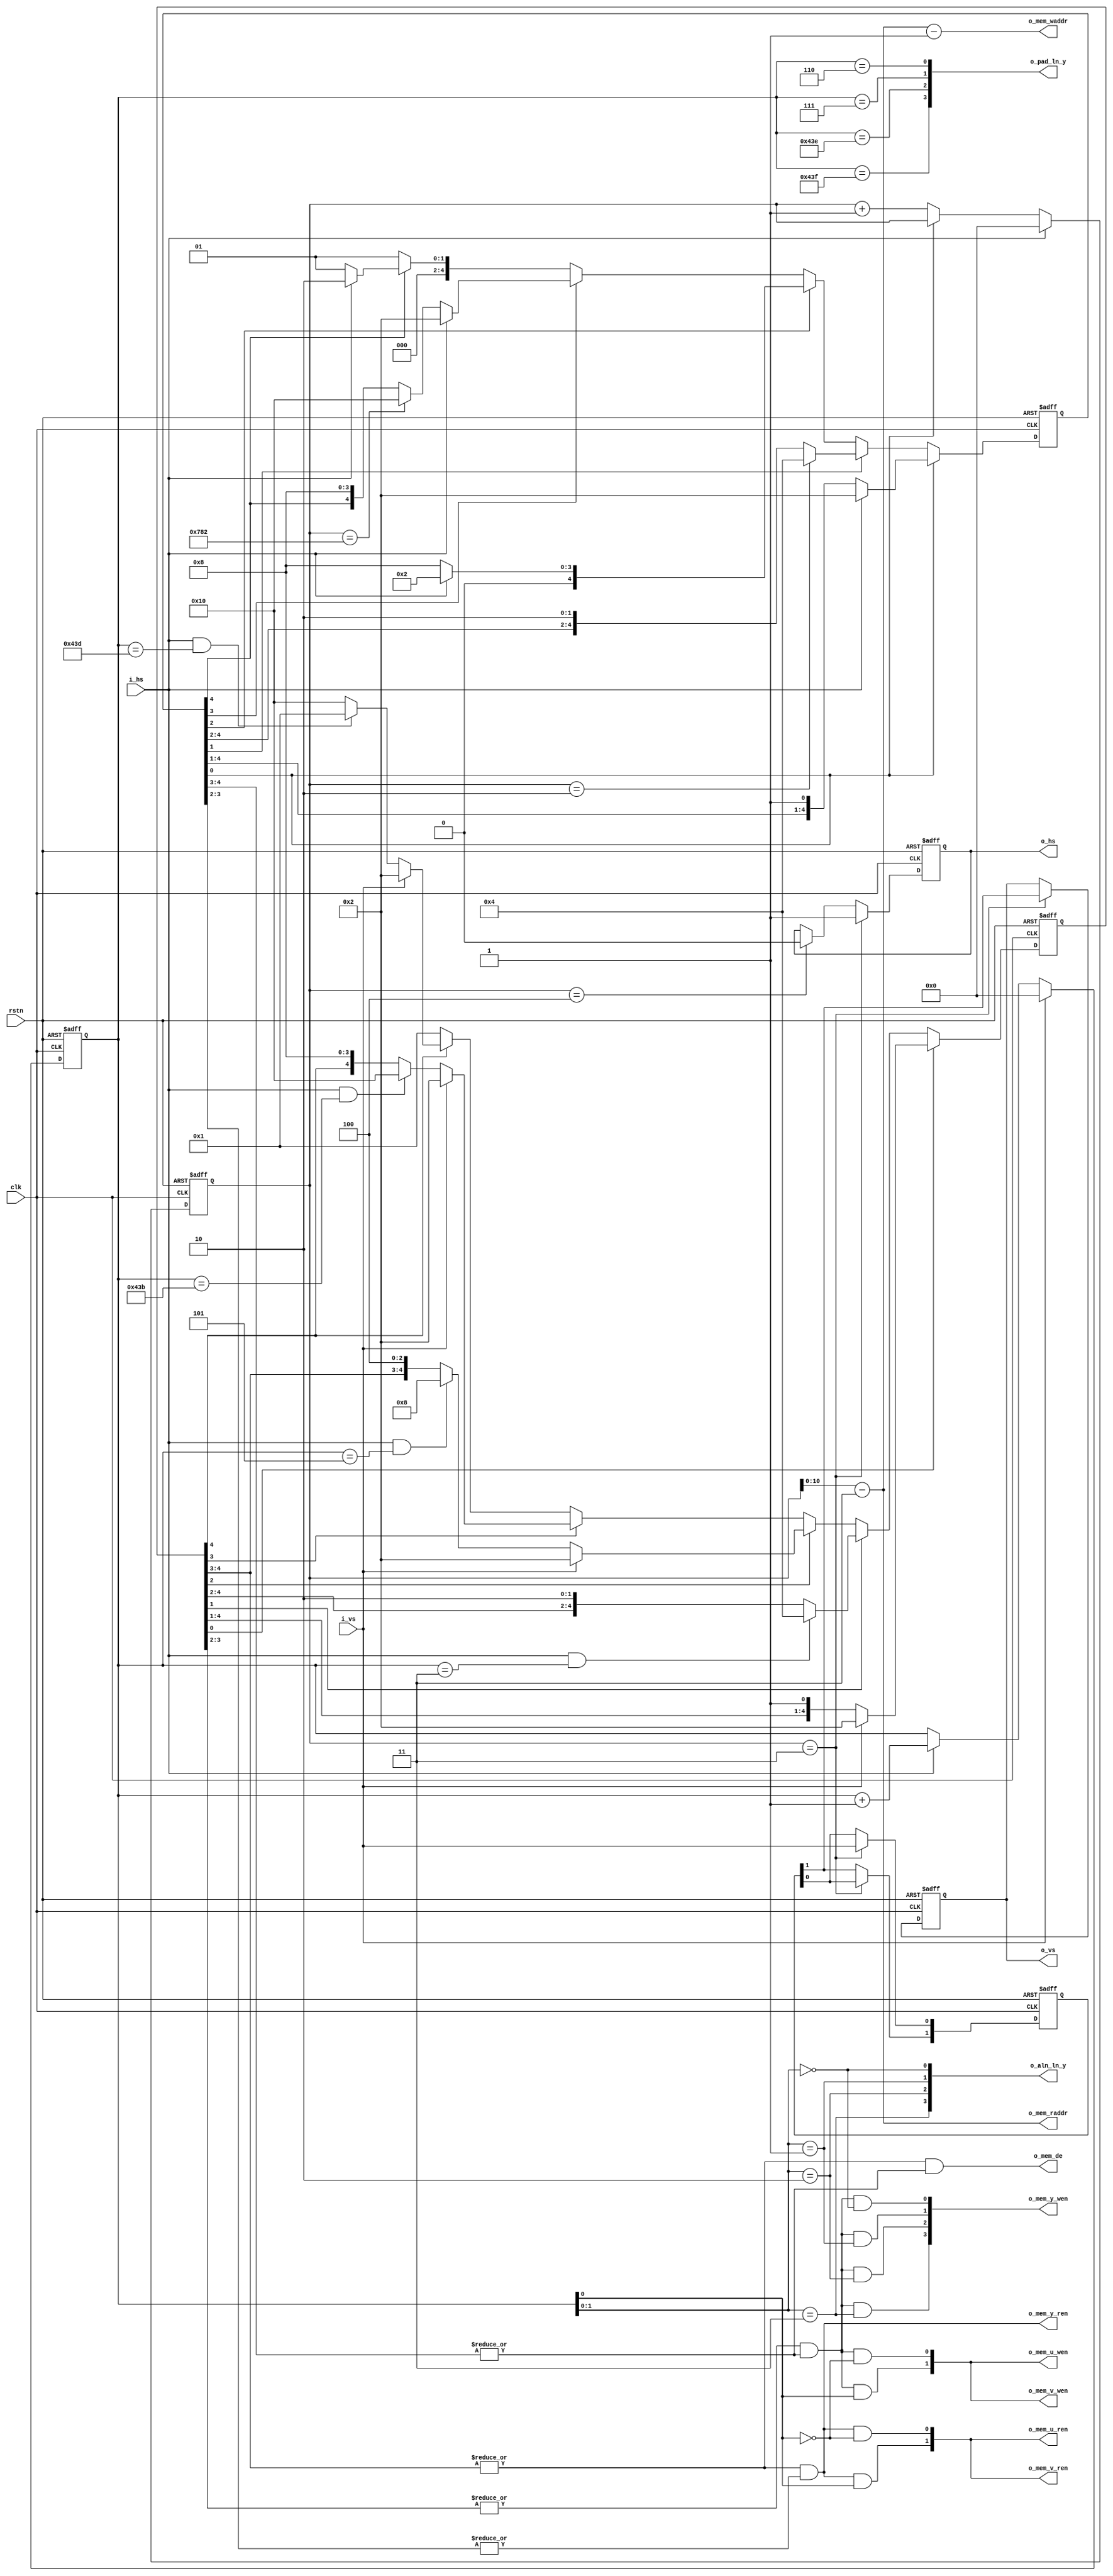
module filter_fsm
#(
  parameter MEM_Y_WIDTH    = 4 ,
  parameter MEM_U_WIDTH    = 2 ,
  parameter MEM_V_WIDTH    = 2 ,
  parameter MEM_ADDR_WIDTH = 11
)
(
  input                           clk          ,
  input                           rstn         ,
  input                           i_vs         ,
  input                           i_hs         ,
  output reg                      o_mem_de     ,
  output     [MEM_ADDR_WIDTH-1:0] o_mem_waddr  ,
  output     [MEM_ADDR_WIDTH-1:0] o_mem_raddr  ,
  output     [MEM_Y_WIDTH-1:0]    o_mem_y_wen  ,
  output                          o_mem_y_ren  ,
  output     [MEM_U_WIDTH-1:0]    o_mem_u_wen  ,
  output     [MEM_U_WIDTH-1:0]    o_mem_u_ren  ,
  output     [MEM_V_WIDTH-1:0]    o_mem_v_wen  ,
  output     [MEM_V_WIDTH-1:0]    o_mem_v_ren  ,
  output     [3:0]                o_aln_ln_y   ,
  output     [3:0]                o_pad_ln_y   ,
  output reg                      o_vs         ,
  output reg                      o_hs         
);

  //=============================================================
  // Part 1. Define Parameters
  //=============================================================
  localparam
    ST_V_SIZE   = 5,
    V_INIT      = 0,
    V_WAIT      = 1,
    V_FILL      = 2,
    V_OPER      = 3,
    V_FLUSH     = 4,
    VAL_V_INIT  = 5'b00001,
    VAL_V_WAIT  = 5'b00010,
    VAL_V_FILL  = 5'b00100,
    VAL_V_OPER  = 5'b01000,
    VAL_V_FLUSH = 5'b10000;
  localparam
    ST_H_SIZE   = 5,
    H_INIT      = 0,
    H_WAIT      = 1,
    H_START     = 2,
    H_OPER      = 3,
    H_END       = 4,
    VAL_H_INIT  = 5'b00001,
    VAL_H_WAIT  = 5'b00010,
    VAL_H_START = 5'b00100,
    VAL_H_OPER  = 5'b01000,
    VAL_H_END   = 5'b10000;

  localparam
    CNT_V_SIZE = 12,
    VBP        = 3,
    VSY        = 3,
    VAC        = 1080,
    VFP        = 3,
    CNT_H_SIZE = 12,
    HBP        = 3,
    HSY        = 1,
    HFP        = 3,
    HAC        = 1920;

  localparam
    LINE_DLY  = 2,
    PIXEL_DLY = 3;

  //=============================================================
  // Part 2. Define counter
  //=============================================================
  reg [CNT_V_SIZE-1:0] r_cnt_v;
  reg [ST_V_SIZE-1:0] r_st_v;
  always @(posedge clk, negedge rstn) begin
    if(!rstn)
      r_cnt_v <= 0;
    else if(i_vs)
      r_cnt_v <= 0;
    else if(i_hs)
      r_cnt_v <= r_cnt_v+1;
  end

  reg [CNT_H_SIZE-1:0] r_cnt_h;
  reg [ST_H_SIZE-1:0] r_st_h;
  always @(posedge clk, negedge rstn) begin
    if(!rstn)
      r_cnt_h <= 0;
    else if(i_hs)
      r_cnt_h <= 0;
    else if(!r_st_h[H_INIT])
      r_cnt_h <= r_cnt_h+1;
  end
  //=============================================================
  // Part 3. Define FSM
  //=============================================================
  always @(posedge clk, negedge rstn) begin
    if(!rstn)
      r_st_v <= VAL_V_INIT;
    else
      case(1'b1)
        r_st_v[V_INIT]  : if(i_vs)                               r_st_v <= VAL_V_WAIT;
        r_st_v[V_WAIT]  : if     (i_hs & (r_cnt_v == VBP))       r_st_v <= VAL_V_FILL;
        r_st_v[V_FILL]  : if(i_vs)                               r_st_v <= VAL_V_WAIT;
                          else if(i_hs & (r_cnt_v == VBP+2))     r_st_v <= VAL_V_OPER;
        r_st_v[V_OPER]  : if(i_vs)                               r_st_v <= VAL_V_WAIT;
                          else if(i_hs & (r_cnt_v == VAC+VBP))   r_st_v <= VAL_V_FLUSH;
        r_st_v[V_FLUSH] : if(i_vs)                               r_st_v <= VAL_V_WAIT;
                          else if(i_hs & (r_cnt_v == VAC+VBP+2)) r_st_v <= VAL_V_INIT;
        default         :                                        r_st_v <= VAL_V_INIT;
      endcase
  end

  always @(posedge clk, negedge rstn) begin
    if(!rstn)
      r_st_h <= VAL_H_INIT;
    else
      case(1'b1)
        r_st_h[H_INIT]  : if(i_hs)                          r_st_h <= VAL_H_WAIT;
        r_st_h[H_WAIT]  : if(r_cnt_h == HBP-1)              r_st_h <= VAL_H_START;
        r_st_h[H_START] : if(i_hs)                          r_st_h <= VAL_H_WAIT;
                          else                              r_st_h <= VAL_H_OPER;
        r_st_h[H_OPER]  : if(i_hs)                          r_st_h <= VAL_H_WAIT;
                          else if(r_cnt_h == (HAC + HBP-1)) r_st_h <= VAL_H_END;
        r_st_h[H_END]   : if(i_hs)                          r_st_h <= VAL_H_WAIT;
                          else                              r_st_h <= VAL_H_INIT;
        default         :                                   r_st_h <= VAL_H_INIT;
      endcase
  end
  //=============================================================
  // Part 4. Output Control
  //=============================================================
  // What is the better design?
  // always @(posedge clk, negedge rstn) begin
  //   if(!rstn)
  //     o_mem_waddr <= 0;
  //   else
  //     o_mem_waddr <= o_mem_raddr;
  // end
  assign o_mem_de        = (|r_st_v[V_FLUSH:V_OPER]) & (|r_st_h[H_END:H_OPER]);
  assign o_mem_raddr     = r_cnt_h[0+:MEM_ADDR_WIDTH] - HBP;
  assign o_mem_waddr     = o_mem_raddr - 1;
  assign o_mem_y_wen[0]  = (|r_st_v[V_OPER :V_FILL]) & (|r_st_h[H_END :H_OPER ]) & (r_cnt_v[1:0] == 2'b00);
  assign o_mem_y_wen[1]  = (|r_st_v[V_OPER :V_FILL]) & (|r_st_h[H_END :H_OPER ]) & (r_cnt_v[1:0] == 2'b01);
  assign o_mem_y_wen[2]  = (|r_st_v[V_OPER :V_FILL]) & (|r_st_h[H_END :H_OPER ]) & (r_cnt_v[1:0] == 2'b10);
  assign o_mem_y_wen[3]  = (|r_st_v[V_OPER :V_FILL]) & (|r_st_h[H_END :H_OPER ]) & (r_cnt_v[1:0] == 2'b11);
  assign o_mem_y_ren     = (|r_st_v[V_FLUSH:V_OPER]) & (|r_st_h[H_OPER:H_START]);
  assign o_mem_u_wen[0]  = (|r_st_v[V_OPER :V_FILL]) & (|r_st_h[H_END :H_OPER ]) & (!r_cnt_v[0]);
  assign o_mem_u_wen[1]  = (|r_st_v[V_OPER :V_FILL]) & (|r_st_h[H_END :H_OPER ]) & ( r_cnt_v[0]);
  assign o_mem_u_ren[0]  = (|r_st_v[V_FLUSH:V_OPER]) & (|r_st_h[H_OPER:H_START]) & (!r_cnt_v[0]);
  assign o_mem_u_ren[1]  = (|r_st_v[V_FLUSH:V_OPER]) & (|r_st_h[H_OPER:H_START]) & ( r_cnt_v[0]);
  assign o_mem_v_wen     = o_mem_u_wen;
  assign o_mem_v_ren     = o_mem_u_ren;
  assign o_aln_ln_y[0]   = r_cnt_v[1:0] == 2'b00;
  assign o_aln_ln_y[1]   = r_cnt_v[1:0] == 2'b01;
  assign o_aln_ln_y[2]   = r_cnt_v[1:0] == 2'b10;
  assign o_aln_ln_y[3]   = r_cnt_v[1:0] == 2'b11;
  assign o_pad_ln_y[0]   = r_cnt_v == (VBP+LINE_DLY+1);
  assign o_pad_ln_y[1]   = r_cnt_v == (VBP+LINE_DLY+2);
  assign o_pad_ln_y[2]   = r_cnt_v == (VBP+LINE_DLY+VAC+1);
  assign o_pad_ln_y[3]   = r_cnt_v == (VBP+LINE_DLY+VAC+2);


  reg [1:0] r_vs;
  always @(posedge clk, negedge rstn) begin
    if(!rstn) begin
      r_vs <= 'b0;
      o_vs <= 1'b0;
    end
    else if(r_cnt_h == PIXEL_DLY) begin
      r_vs[0] <= i_vs;
      r_vs[1] <= r_vs[0];
      o_vs    <= r_vs[1];
    end
  end

  always @(posedge clk, negedge rstn) begin
    if(!rstn) begin
      o_hs <= 1'b0;
    end
    else if(r_cnt_h == PIXEL_DLY      ) begin
      o_hs <= 1'b1;
    end
    else if(r_cnt_h == PIXEL_DLY + HSY) begin
      o_hs <= 1'b0;
    end
  end

endmodule